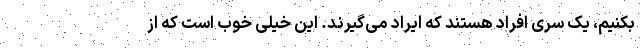
بکنیم، یک سری افراد هستند که ایراد می‌گیرند. این خیلی خوب است که از